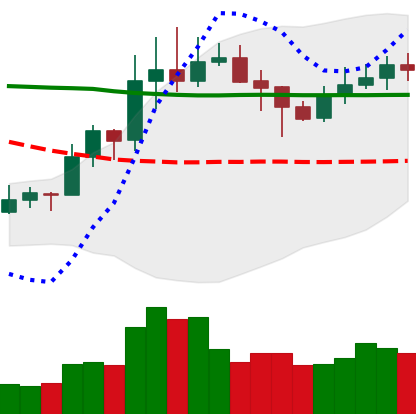
Ticker: XLM-USD
Chart end date: 2020-01-30
Forward return: 8.306%
Label: up_7plus